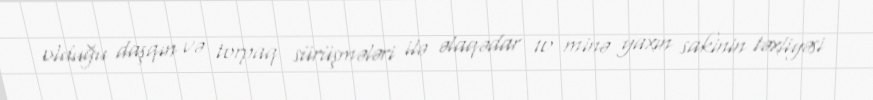
olduğu daşqın və torpaq sürüşmələri ilə əlaqədar 10 minə yaxın sakinin təxliyəsi